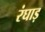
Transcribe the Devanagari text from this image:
रंघाड़